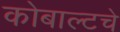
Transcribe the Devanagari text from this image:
कोबाल्टचे